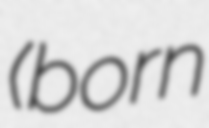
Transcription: (born